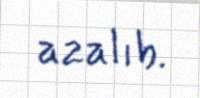
azalıb.